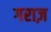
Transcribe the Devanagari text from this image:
गराज़